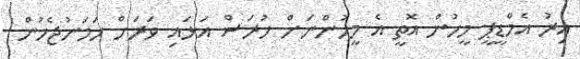
އިރު އެމްޑީޕީ މީހުން އޮތީ އެ މީހުންނަށް ހުރަސް އަޅައި ވަރަށް ހަމަނުޖެހުން